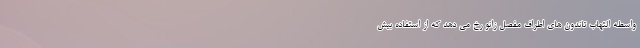
واسطه التهاب تاندون های اطراف مفصل زانو رخ می دهد که از استفاده بیش